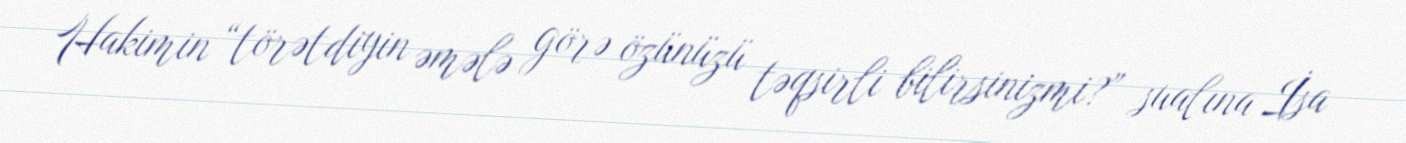
Hakimin “törətdiyin əmələ görə özünüzü təqsirli bilirsinizmi?” sualına İsa